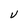
Character: V